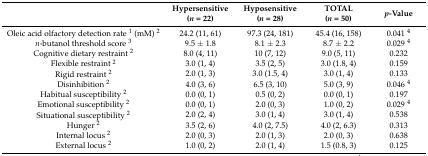
<table><thead><tr><td></td><td><b>Hypersensitive (<i>n</i> = 22)</b></td><td><b>Hyposensitive (<i>n</i> = 28)</b></td><td><b>TOTAL (<i>n</i> = 50)</b></td><td><b><i>p</i>-Value</b></td></tr></thead><tbody><tr><td>Oleic acid olfactory detection rate <sup>1</sup> (mM) <sup>2</sup></td><td>24.2 (11, 61)</td><td>97.3 (24, 181)</td><td>45.4 (16, 158)</td><td>0.041 <sup>4</sup></td></tr><tr><td><i>n</i>-butanol threshold score <sup>3</sup></td><td>9.5 ± 1.8</td><td>8.1 ± 2.3</td><td>8.7 ± 2.2</td><td>0.029 <sup>4</sup></td></tr><tr><td>Cognitive dietary restraint <sup>2</sup></td><td>8.0 (4, 11) </td><td>10 (7, 12)</td><td>9.0 (5, 11)</td><td>0.232</td></tr><tr><td>Flexible restraint <sup>2</sup></td><td>3.0 (1, 4)</td><td>3.5 (2, 5)</td><td>3.0 (1.8, 4)</td><td>0.159</td></tr><tr><td>Rigid restraint <sup>2</sup></td><td>2.0 (1, 3)</td><td>3.0 (1.5, 4)</td><td>3.0 (1, 4)</td><td>0.133</td></tr><tr><td>Disinhibition <sup>2</sup></td><td>4.0 (3, 6)</td><td>6.5 (3, 10)</td><td>5.0 (3, 9)</td><td>0.046 <sup>4</sup></td></tr><tr><td>Habitual susceptibility <sup>2</sup></td><td>0.0 (0, 1)</td><td>0.5 (0, 2)</td><td>0.0 (0, 1)</td><td>0.197</td></tr><tr><td>Emotional susceptibility <sup>2</sup></td><td>0.0 (0, 1)</td><td>2.0 (0, 3)</td><td>1.0 (0, 2)</td><td>0.029 <sup>4</sup></td></tr><tr><td>Situational susceptibility <sup>2</sup></td><td>2.0 (2, 4)</td><td>3.0 (1, 4)</td><td>3.0 (1, 4)</td><td>0.538</td></tr><tr><td>Hunger <sup>2</sup></td><td>3.5 (2, 6)</td><td>4.0 (2, 7.5)</td><td>4.0 (2, 6.3)</td><td>0.313</td></tr><tr><td>Internal locus <sup>2</sup></td><td>2.0 (0, 3)</td><td>2.0 (1, 3)</td><td>2.0 (0, 3)</td><td>0.638</td></tr><tr><td>External locus <sup>2</sup></td><td>1.0 (0, 2)</td><td>2.0 (1, 4)</td><td>1.5 (0.8, 3)</td><td>0.125</td></tr></tbody></table>